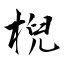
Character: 棿